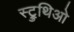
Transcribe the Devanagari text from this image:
स्ट्रुथिओ